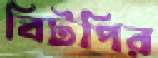
বিটপির